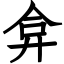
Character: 弇